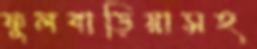
ফুলবাড়িয়াসহ